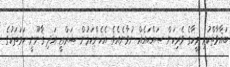
ބަޣާވާތްކުރި މީހާގެ ވެރިކަން ޞައްޙައެއް ނުވާނެއެވެ. އެހެންކަމުން ޝަރްޢީ އަދި ޤާނޫނީ ހަމަތަކުގެ